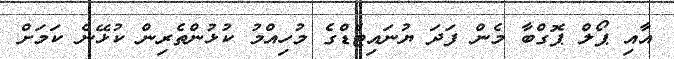
އާއި ޕޯލް ޕޮގްބާ މެން ފަދަ ޔުނައިޓެޑްގެ މުހިއްމު ކުޅުންތެރިން ކުޅޭނެ ކަމަށް